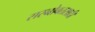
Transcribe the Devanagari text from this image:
सरनोबतसाठी